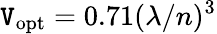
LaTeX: \mathtt{V}_{\mathrm{{opt}}}=0.71(\lambda/n)^{3}